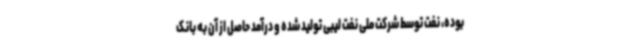
بوده، نفت توسط شرکت ملی نفت لیبی تولید شده و درآمد حاصل از آن به بانک